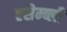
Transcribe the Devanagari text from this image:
एसेम्ब्ली